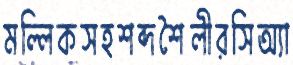
মল্লিকসহশব্দশৈলীরসিঅ্যা